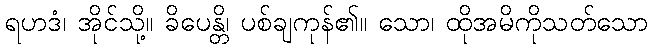
ရဟဒံ၊ အိုင်သို့။ ခိပေန္တိ၊ ပစ်ချကုန်၏။ သော၊ ထိုအမိကိုသတ်သော